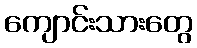
ကျောင်းသားတွေ